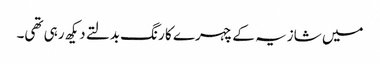
میں شازیہ کے چہرے کا رنگ بدلتے دیکھ رہی تھی۔